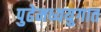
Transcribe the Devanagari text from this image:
पुढेमध्ययुगात